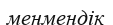
менмендік